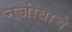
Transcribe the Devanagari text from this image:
नजीबाचे